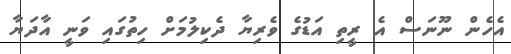
އެހެން ނޫނަސް އެ ރީތި އަޑުގެ ވެރިޔާ ދެކިލުމަށް ހިތުގައި ވަނީ އާދަޔާ